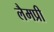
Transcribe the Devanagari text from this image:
लैमप्री